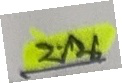
บน